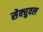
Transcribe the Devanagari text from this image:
सेक्चुवल